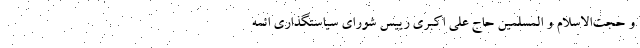
و حجت‌الاسلام و المسلمین حاج علی اکبری رییس شورای سیاستگذاری ائمه